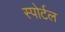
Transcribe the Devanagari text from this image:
स्पोर्टल